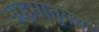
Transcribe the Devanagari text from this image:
ग्रहमातृका